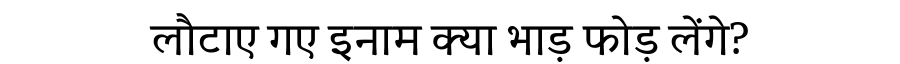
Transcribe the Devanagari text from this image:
लौटाए गए इनाम क्या भाड़ फोड़ लेंगे?